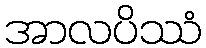
အာလပိဿံ